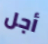
أجل